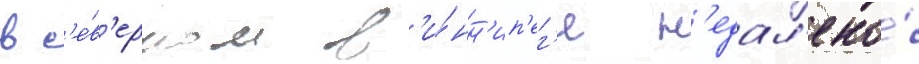
в с'е́в'ерном в'и́нн'ип'ег'е н'едал'еко́